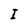
Character: I